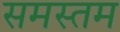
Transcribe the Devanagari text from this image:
समस्तम